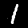
Label: 1